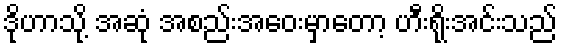
ဒိုဟာသို့ အဆုံ အစည်းအဝေးမှာတော့ ဟီးရိုးအင်းသည်